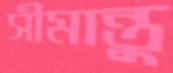
সীমান্তু